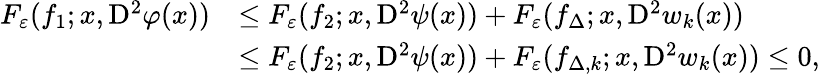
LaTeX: \begin{array}{rl}{F_{\varepsilon}(f_{1};x,\mathrm{D}^{2}\varphi(x))}&{\leq F_{\varepsilon}(f_{2};x,\mathrm{D}^{2}\psi(x))+F_{\varepsilon}(f_{\Delta};x,\mathrm{D}^{2}w_{k}(x))}\\ &{\leq F_{\varepsilon}(f_{2};x,\mathrm{D}^{2}\psi(x))+F_{\varepsilon}(f_{\Delta,k};x,\mathrm{D}^{2}w_{k}(x))\leq 0,}\end{array}